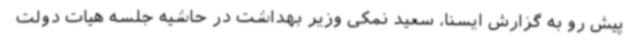
پیش رو به گزارش ایسنا، سعید نمکی وزیر بهداشت در حاشیه جلسه هیات دولت